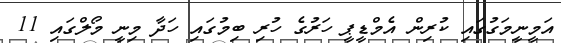
އަމީނީމަގުގައި ކުރިން އެމްޑީޕީ ހަރުގެ ހުރި ބިމުގައި ހަދާ މިނީ މޯލްގައި 11